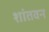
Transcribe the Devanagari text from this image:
शांतवन